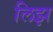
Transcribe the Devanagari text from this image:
लिझ